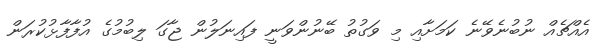
އެއްޗެއް ނުބުނެވޭނެ ކަމަށާއި މި ވަގުތު ބޭނުންވަނީ ފައިނަލުން ޖާގަ ލިބުމުގެ އުފާފާޅުކުރަން